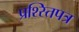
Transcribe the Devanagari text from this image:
प्रश्स्तिपत्र